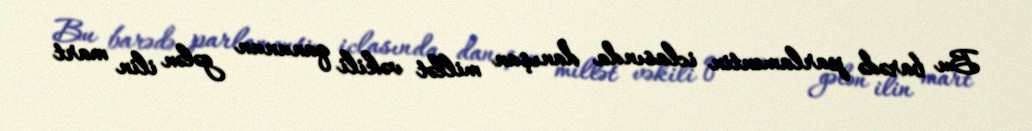
Bu barədə parlamentin iclasında danışan millət vəkili qanunun gələn ilin mart